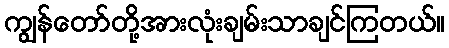
ကျွန်တော်တို့အားလုံးချမ်းသာချင်ကြတယ်။